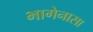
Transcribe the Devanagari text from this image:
भागेनासा